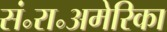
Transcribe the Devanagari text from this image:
सं॰रा॰अमेरिका